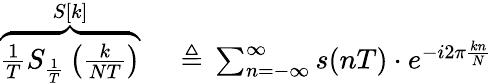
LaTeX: \begin{array}{rl}{\overbrace{{\frac{1}{T}}S_{\frac{1}{T}}\left({\frac{k}{NT}}\right)}^{S[k]}\, }&{{}\triangleq\, \sum_{n=-\infty}^{\infty}s(nT)\cdot e^{-i2\pi{\frac{kn}{N}}}}\end{array}